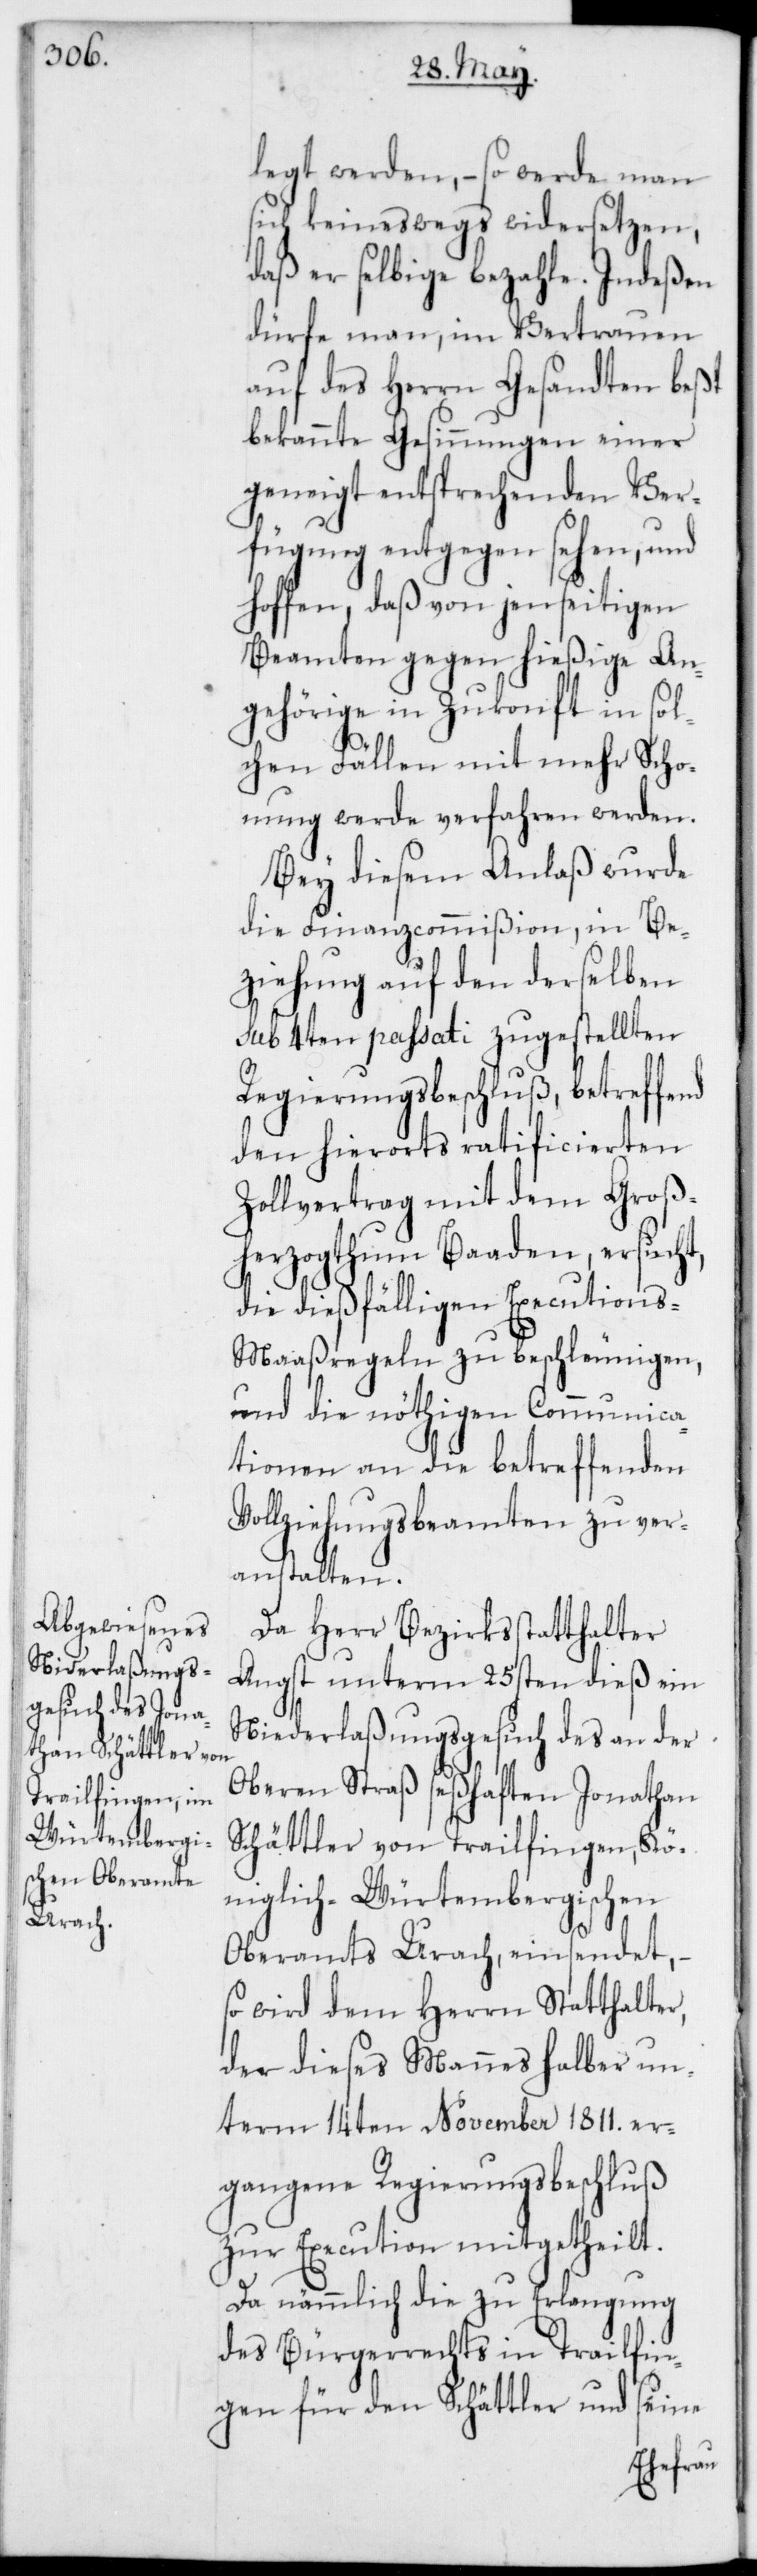
legt werden, – so werde man
sich keineswegs widersetzen,
daß er selbige bezahle. Indeßen
dürfe man, im Vertrauen
auf des Herrn Gesandten beßt¬
bekannte Gesinnungen einer
geneigt entsprechenden Ver¬
fügung entgegen sehen, und
hoffen, daß von jenseitigen
Beamten gegen hießige An¬
gehörige in Zukonft in sol¬
chen Fällen mit mehr Scho¬
nung werde verfahren werden.
Bey diesem Anlaß wurde
die Finanzcommißion, in Be¬
ziehung auf den derselben
sub 4ten passati zugestellten
Regierungsbeschluß, betreffend
den hierorts ratificierten
Zollvertrag mit dem Groß¬
herzogthum Baaden, ersucht,
die dießfälligen Execution¬
s-Maaßregeln zu beschleunigen,
und die nöthigen Communica¬
tionen an die betreffenden
Vollziehungsbeamten zu ver¬
anstalten.
Da Herr Bezirksstatthalter
Angst unterm 25sten dieß ein
Niederlaßungsgesuch des an der
Oberen Straß seßhaften Jonathan
Schättler von Trailfingen, Kö¬
niglich-Würtembergischen
Oberamts Urach, einsendet, –
so wird dem Herrn Statthalter,
der dieses Mannes halber un¬
term 14ten November 1811. er¬
gangene Regierungsbeschluß
zur Execution mitgetheilt.
Da nämmlich die zu Erlangung
des Bürgerrechts in Trailfin¬
gen für den Schättler und seine